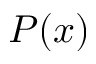
P ( x )